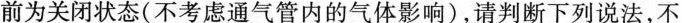
前为关闭状态( 不考虑通气管内的气体影响 )，请判断下列说法，不